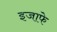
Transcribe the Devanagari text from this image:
इजाफे